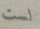
لست